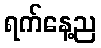
ရက်နေ့ည